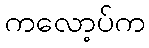
ကလော့ပ်က